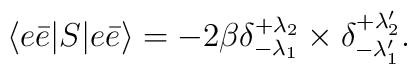
\langle e\bar{e}|S|e\bar{e}\rangle = -2\beta\delta^{+\lambda_2}_{-\lambda_1}\times\delta^{+\lambda_2'}_{-\lambda_1'}.